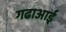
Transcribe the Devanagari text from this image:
गढाआई